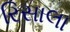
રિસાલા